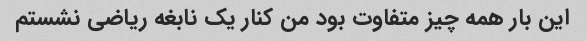
این بار همه چیز متفاوت بود من کنار یک نابغه ریاضی نشستم